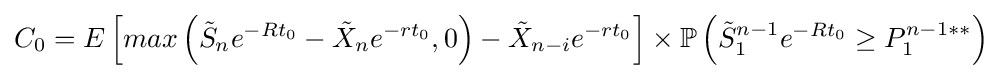
C_{0}=E\left[max\left({\tilde {S}}_{n}e^{-Rt_{0}}-{\tilde {X}}_{n}e^{-rt_{0}},0\right)-{\tilde {X}}_{n-i}e^{-rt_{0}}\right]\times \mathbb {P} \left({\tilde {S}}_{1}^{n-1}e^{-Rt_{0}}\geq P_{1}^{n-1**}\right)